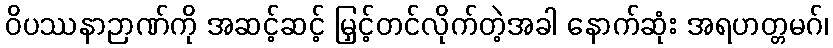
ဝိပဿနာဉာဏ်ကို အဆင့်ဆင့် မြှင့်တင်လိုက်တဲ့အခါ နောက်ဆုံး အရဟတ္တမဂ်၊